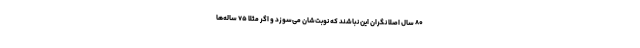
۸۰ سال اصلا نگران این نباشند که نوبت‌شان می‌سوزد و اگر مثلا ۷۵ ساله‌ها